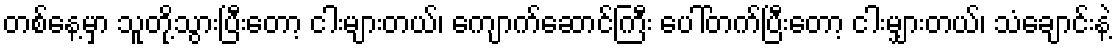
တစ်နေ့မှာ သူတို့သွားပြီးတော့ ငါးများတယ်၊ ကျောက်ဆောင်ကြီး ပေါ်တက်ပြီးတော့ ငါးမျှားတယ်၊ သံချောင်းနဲ့